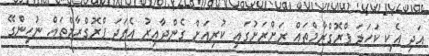
އަދި އެކި ކަހަލަ ޕްރޮގްރާމްތައް ރަށްރަށުގައި ކުރިއަށް ގެންދާއިރު އެފަދަ ޕްރޮގްރާމްތައް ނުހިންގޭ